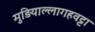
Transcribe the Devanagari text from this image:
मुड़ियाल्लागहवट्टा